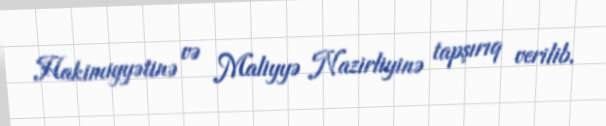
Hakimiyyətinə və Maliyyə Nazirliyinə tapşırıq verilib.